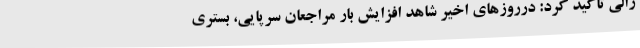
زالی تاکید کرد: درروزهای اخیر شاهد افزایش بار مراجعان سرپایی، بستری